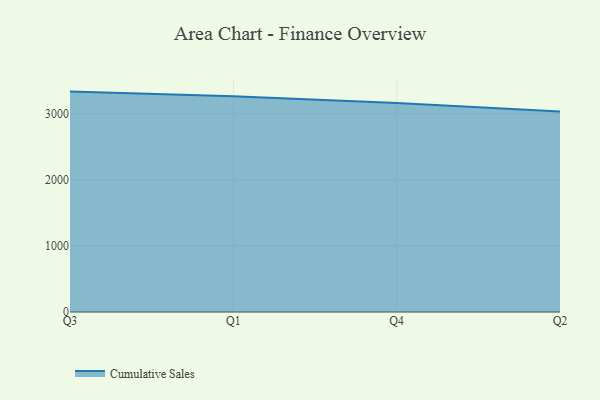
{"axis": {"x": "Quarter", "y": "Churn Rate (%)"}, "legend": ["Cumulative Sales"], "data": [{"x": "Q3", "y": 3333.8, "type": "Cumulative Sales"}, {"x": "Q1", "y": 3264.5, "type": "Cumulative Sales"}, {"x": "Q4", "y": 3160.9, "type": "Cumulative Sales"}, {"x": "Q2", "y": 3032.4, "type": "Cumulative Sales"}]}